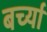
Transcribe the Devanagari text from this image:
बर्च्या